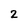
Character: 2